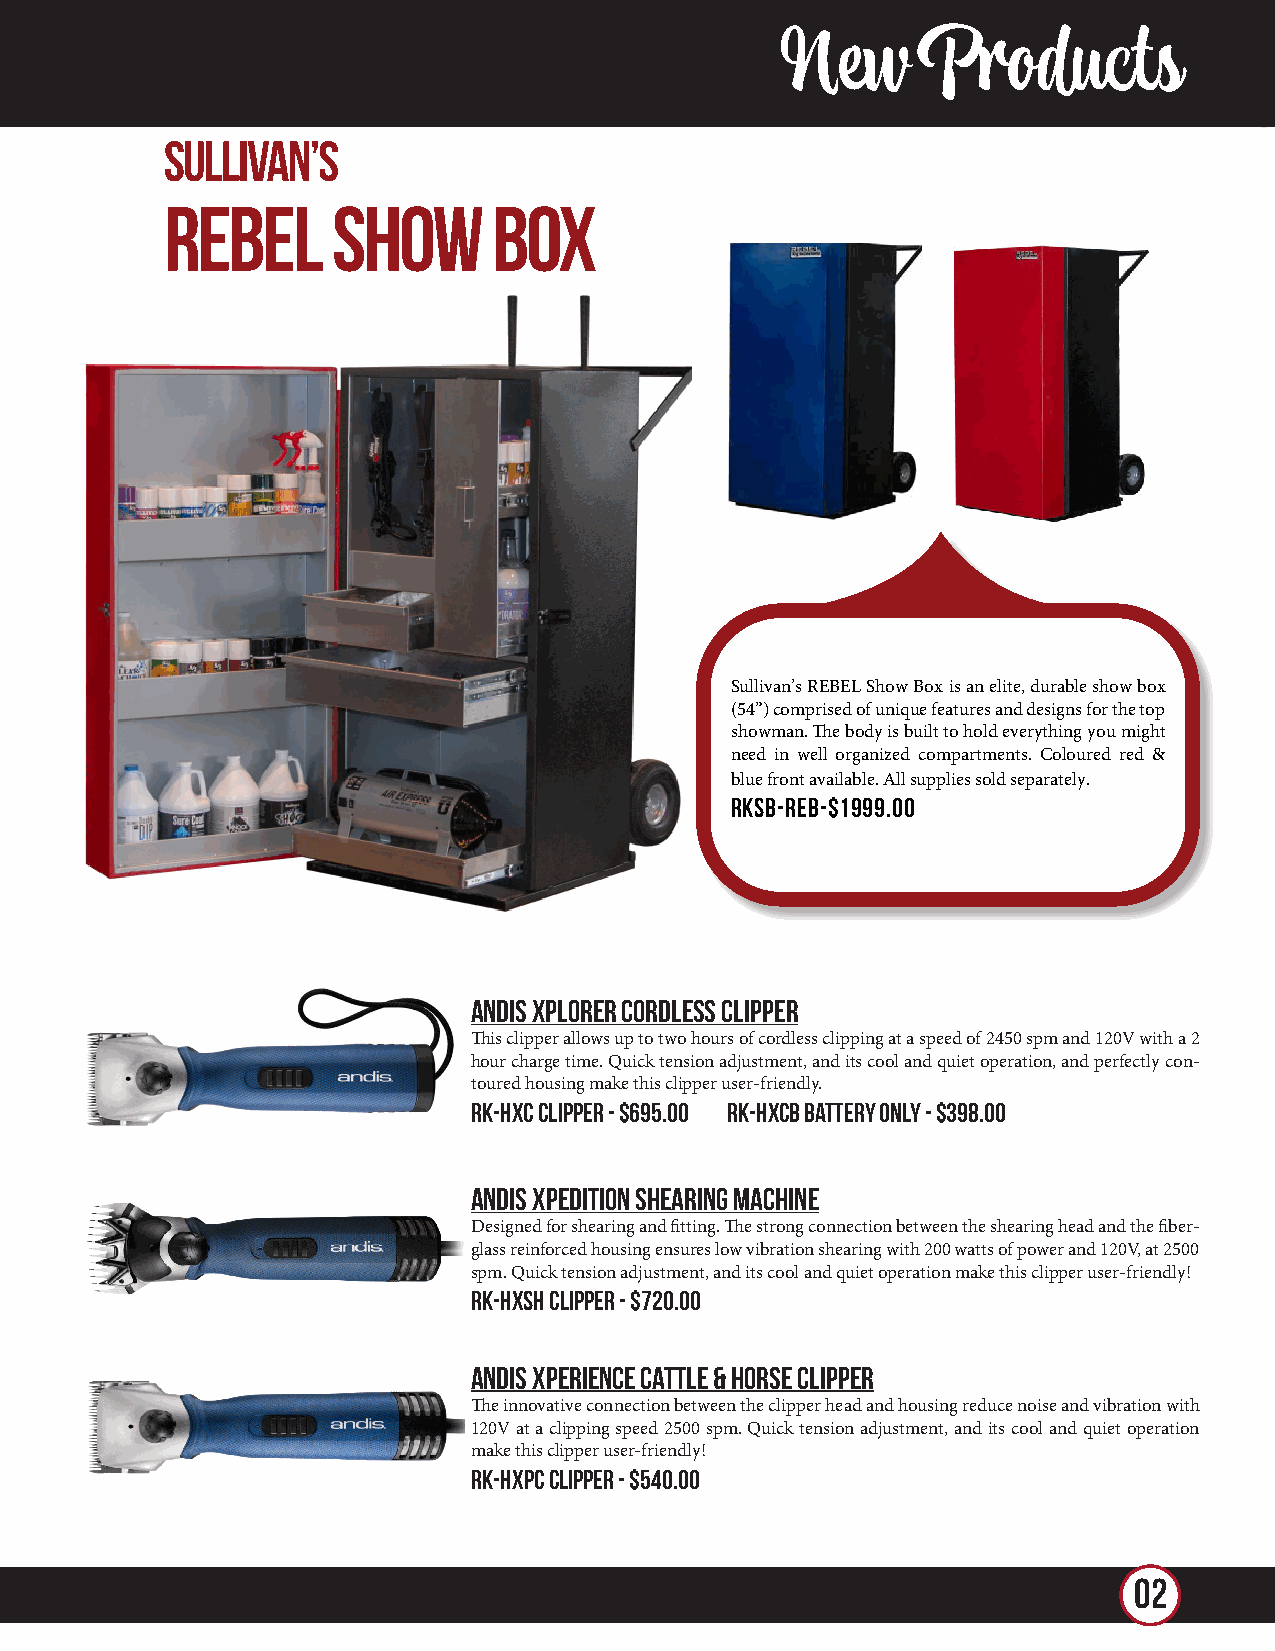
New      Products
 New      Products
 sullivan’s
 REBEL      SHOW       BOX
 Sullivan’s REBEL Show Box is an elite, durable show box
 (54”) comprised of unique features and designs for the top
 showman. The body is built to hold everything you might
 need in well organized compartments. Coloured red &
 blue front available. All supplies sold separately.
 RKSB-REB-$1999.00
 Andis Xplorer Cordless Clipper
 This clipper allows up to two hours of cordless clipping at a speed of 2450 spm and 120V with a 2
 hour charge time. Quick tension adjustment, and its cool and quiet operation, and perfectly con-
 toured housing make this clipper user-friendly.
 RK-HXC Clipper - $695.00 rk-hxcb battery only - $398.00
 Andis xpedition shearing machine
 Designed for shearing and fitting. The strong connection between the shearing head and the fiber-
 glass reinforced housing ensures low vibration shearing with 200 watts of power and 120V, at 2500
 spm. Quick tension adjustment, and its cool and quiet operation make this clipper user-friendly!
 RK-HXSH Clipper - $720.00
 Andis Xperience Cattle & Horse Clipper
 The innovative connection between the clipper head and housing reduce noise and vibration with
 120V at a clipping speed 2500 spm. Quick tension adjustment, and its cool and quiet operation
 make this clipper user-friendly!
 RK-HXPC Clipper - $540.00
 0042